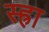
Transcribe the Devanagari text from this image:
स्ह्रा